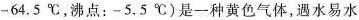
-64.5^{\circ}C，沸点：-5.5^{\circ}C)是一种黄色气体，遇水易水